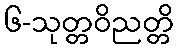
၆-သုတ္တဝိညတ္တိ